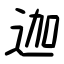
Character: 迦